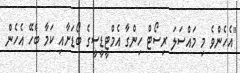
"އެހެންވެ މި މައްސަލަ ރިސޯޓް ހިންގާ އެމްޓީޑީސީގެ ބޯޑަށާއި ކަމާ ބެހޭ އެހެން